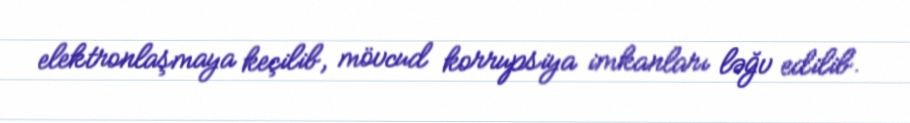
elektronlaşmaya keçilib, mövcud korrupsiya imkanları ləğv edilib.